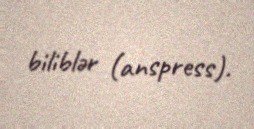
biliblər (anspress).